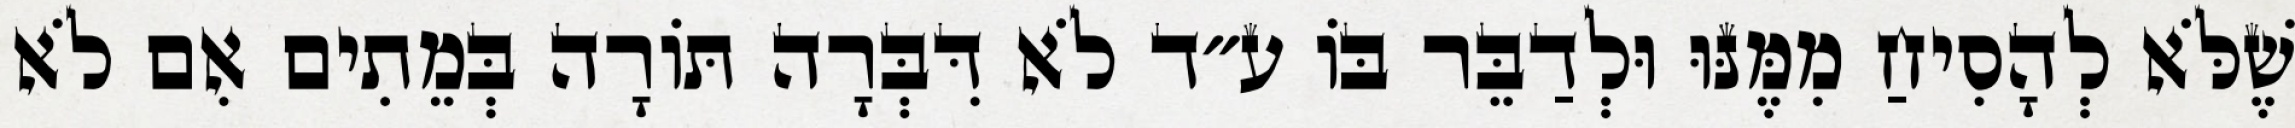
שֶׁלֹּא לְהָסִיחַ מִמֶּנּוּ וּלְדַבֵּר בּוֹ ע״ד לֹא דִּבְּרָה תּוֹרָה בְּמֵתִים אִם לֹא